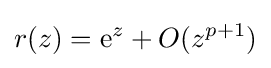
r(z)={\textrm {e}}^{z}+O(z^{p+1})